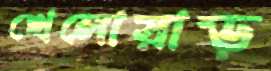
খেলোয়াড়